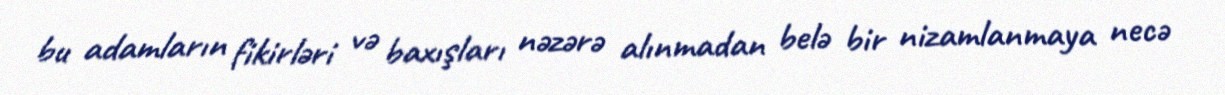
bu adamların fikirləri və baxışları nəzərə alınmadan belə bir nizamlanmaya necə